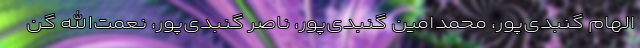
الهام گنبدی‌پور، محمدامین گنبدی‌پور، ناصر گنبدی‌پور، نعمت‌الله گن